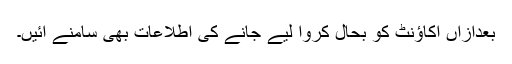
بعدازاں اکاؤنٹ کو بحال کروا لیے جانے کی اطلاعات بھی سامنے آئیں۔